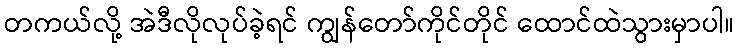
တကယ်လို့ အဲဒီလိုလုပ်ခဲ့ရင် ကျွန်တော်ကိုင်တိုင် ထောင်ထဲသွားမှာပါ။